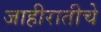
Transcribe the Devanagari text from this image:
जाहीरातीचे